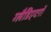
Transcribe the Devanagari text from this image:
ग्लैडिएटरों